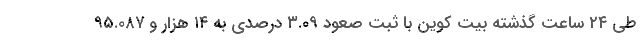
طی ۲۴ ساعت گذشته بیت کوین با ثبت صعود ۳.۰۹ درصدی به ۱۴ هزار و ۹۵.۰۸۷